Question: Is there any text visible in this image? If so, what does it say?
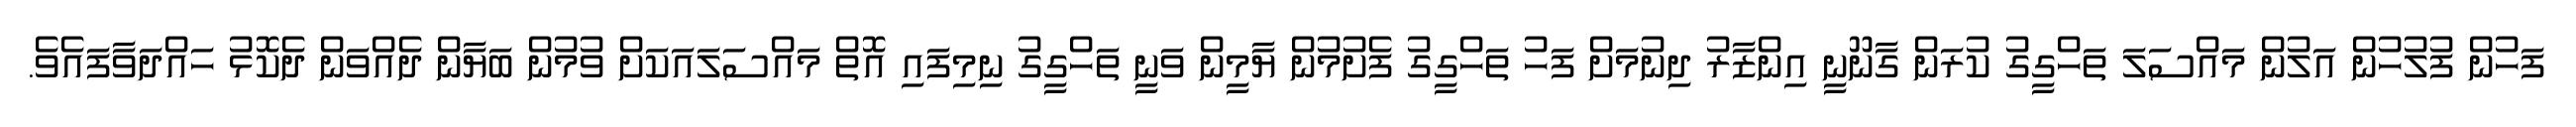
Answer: ފަހުން ފުލުހުން އަލުން މައްސަލަ ތަހްގީގު ކުރަން ގާނޫނީ އިންޒާރު ދިނުމަށް ފަހު ތަހްގީގު ފެށުމުން ޔާމީން ވަނީ ތަހްގީގު ނިމިފައި އޮތް މައްސަލައަކަށް ވުމުން ބަޔާން ދެއްވަން ދެކޮޅު ހައްދަވާފައެވެ.